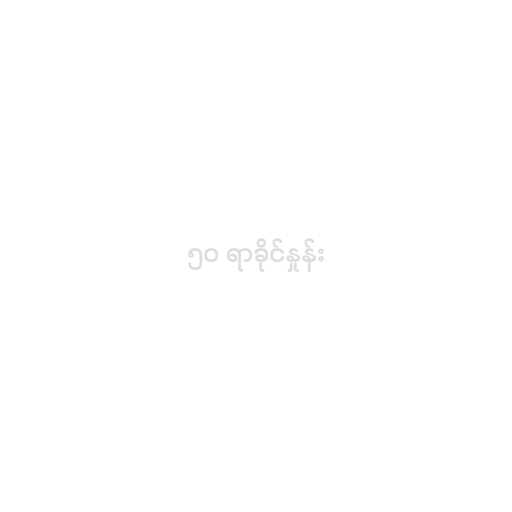
၅၀ ရာခိုင်နှုန်း